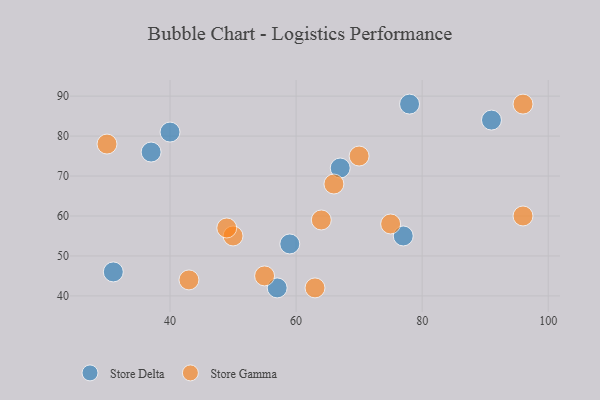
{"axis": {"x": "GDP", "y": "Life Expectancy"}, "legend": ["Store Delta", "Store Gamma"], "data": [{"x": "91", "y": 84, "type": "Store Delta"}, {"x": "77", "y": 55, "type": "Store Delta"}, {"x": "78", "y": 88, "type": "Store Delta"}, {"x": "37", "y": 76, "type": "Store Delta"}, {"x": "57", "y": 42, "type": "Store Delta"}, {"x": "59", "y": 53, "type": "Store Delta"}, {"x": "40", "y": 81, "type": "Store Delta"}, {"x": "31", "y": 46, "type": "Store Delta"}, {"x": "67", "y": 72, "type": "Store Delta"}, {"x": "30", "y": 78, "type": "Store Gamma"}, {"x": "96", "y": 60, "type": "Store Gamma"}, {"x": "50", "y": 55, "type": "Store Gamma"}, {"x": "96", "y": 88, "type": "Store Gamma"}, {"x": "66", "y": 68, "type": "Store Gamma"}, {"x": "63", "y": 42, "type": "Store Gamma"}, {"x": "43", "y": 44, "type": "Store Gamma"}, {"x": "75", "y": 58, "type": "Store Gamma"}, {"x": "55", "y": 45, "type": "Store Gamma"}, {"x": "49", "y": 57, "type": "Store Gamma"}, {"x": "64", "y": 59, "type": "Store Gamma"}, {"x": "70", "y": 75, "type": "Store Gamma"}]}